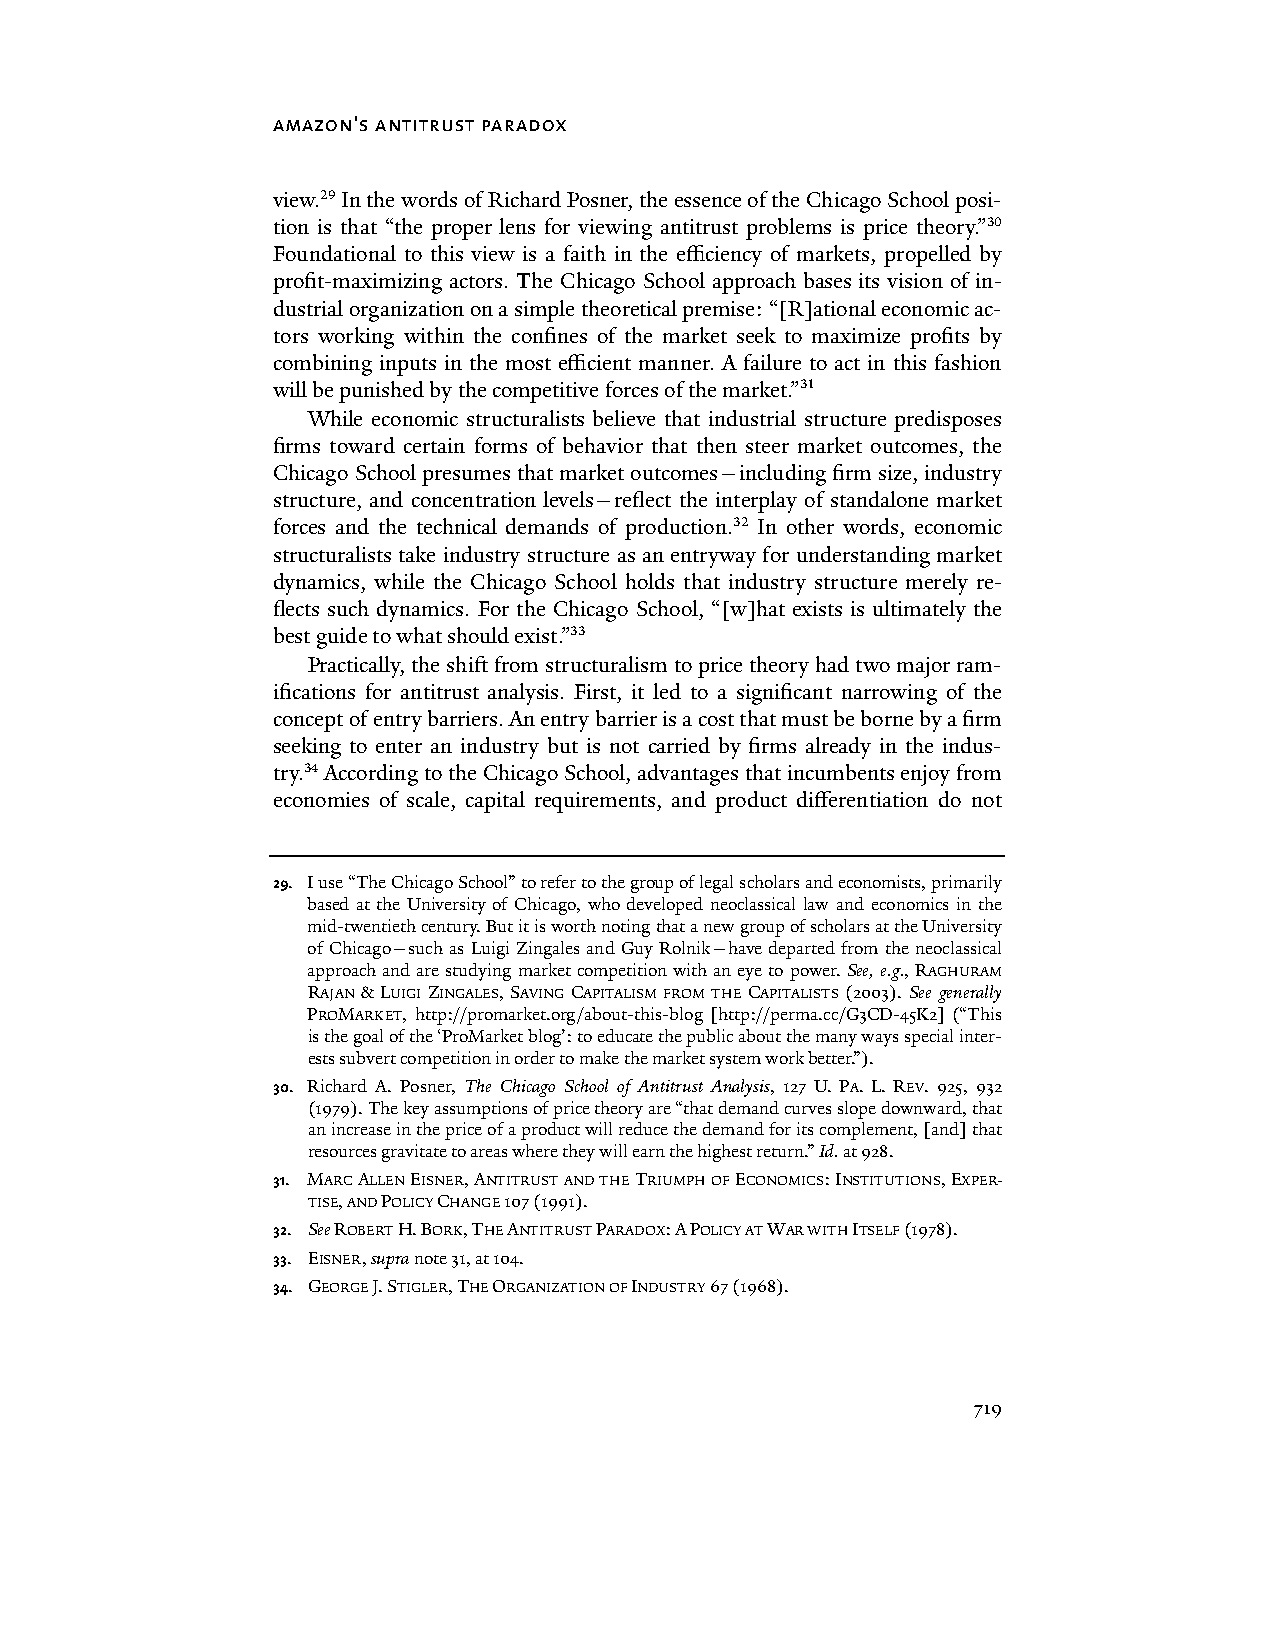
amazon's antitrust paradox
 view.29 In the words of Richard Posner, the essence of the Chicago School posi-
 tion is that “the proper lens for viewing antitrust problems is price theory.”30
 Foundational to this view is a faith in the efficiency of markets, propelled by
 profit-maximizing actors. The Chicago School approach bases its vision of in-
 dustrial organization on a simple theoretical premise: “[R]ational economic ac-
 tors working within the confines of the market seek to maximize profits by
 combining inputs in the most efficient manner. A failure to act in this fashion
 will be punished by the competitive forces of the market.”31
 While economic structuralists believe that industrial structure predisposes
 firms toward certain forms of behavior that then steer market outcomes, the
 Chicago School presumes that market outcomes—including firm size, industry
 structure, and concentration levels—reflect the interplay of standalone market
 forces and the technical demands of production.32 In other words, economic
 structuralists take industry structure as an entryway for understanding market
 dynamics, while the Chicago School holds that industry structure merely re-
 flects such dynamics. For the Chicago School, “[w]hat exists is ultimately the
 best guide to what should exist.”33
 Practically, the shift from structuralism to price theory had two major ram-
 ifications for antitrust analysis. First, it led to a significant narrowing of the
 concept of entry barriers. An entry barrier is a cost that must be borne by a firm
 seeking to enter an industry but is not carried by firms already in the indus-
 try.34 According to the Chicago School, advantages that incumbents enjoy from
 economies of scale, capital requirements, and product differentiation do not
 29. I use “The Chicago School” to refer to the group of legal scholars and economists, primarily
 based at the University of Chicago, who developed neoclassical law and economics in the
 mid-twentieth century. But it is worth noting that a new group of scholars at the University
 of Chicago—such as Luigi Zingales and Guy Rolnik—have departed from the neoclassical
 approach and are studying market competition with an eye to power. See, e.g., RAGHURAM
 RAJAN & LUIGI ZINGALES, SAVING CAPITALISM FROM THE CAPITALISTS (2003). See generally
 PROMARKET, http://promarket.org/about-this-blog [http://perma.cc/G3CD-45K2] (“This
 is the goal of the ‘ProMarket blog’: to educate the public about the many ways special inter-
 ests subvert competition in order to make the market system work better.”).
 30. Richard A. Posner, The Chicago School of Antitrust Analysis, 127 U. PA. L. REV. 925, 932
 (1979). The key assumptions of price theory are “that demand curves slope downward, that
 an increase in the price of a product will reduce the demand for its complement, [and] that
 resources gravitate to areas where they will earn the highest return.” Id. at 928.
 31. MARC ALLEN EISNER, ANTITRUST AND THE TRIUMPH OF ECONOMICS: INSTITUTIONS, EXPER-
 TISE, AND POLICY CHANGE 107 (1991).
 32. See ROBERT H. BORK, THE ANTITRUST PARADOX: A POLICY AT WAR WITH ITSELF (1978).
 33. EISNER, supra note 31, at 104.
 34. GEORGE J. STIGLER, THE ORGANIZATION OF INDUSTRY 67 (1968).
 719